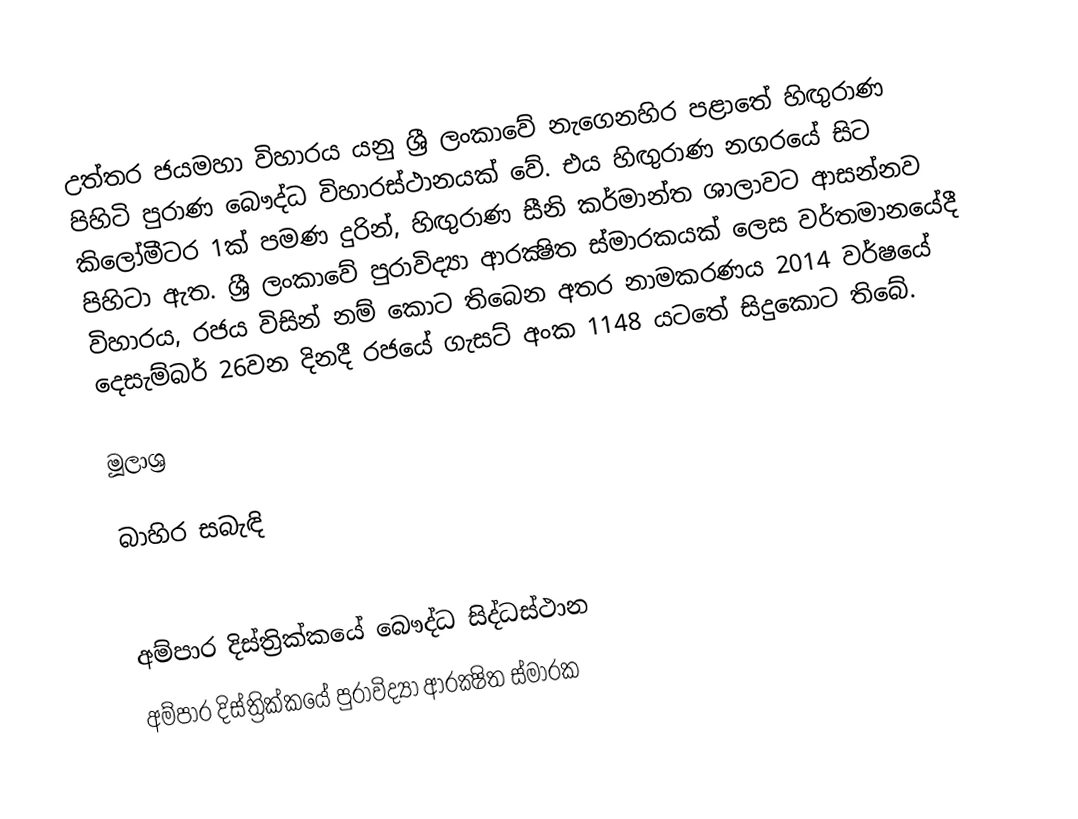
උත්තර ජයමහා විහාරය යනු ශ්‍රී ලංකාවේ නැගෙනහිර පළාතේ හිඟුරාණ පිහිටි පුරාණ බෞද්ධ විහාරස්ථානයක් වේ. එය හිඟුරාණ නගරයේ සිට කිලෝමීටර 1ක් පමණ දුරින්, හිඟුරාණ සීනි කර්මාන්ත ශාලාවට ආසන්නව පිහිටා ඇත. ශ්‍රී ලංකාවේ පුරාවිද්‍යා ආරක්‍ෂිත ස්මාරකයක් ලෙස වර්තමානයේදී විහාරය, රජය විසින් නම් කොට තිබෙන අතර නාමකරණය 2014 වර්ෂයේ දෙසැම්බර් 26වන දිනදී රජයේ ගැසට් අංක 1148 යටතේ සිදුකොට තිබේ.

මූලාශ්‍ර

බාහිර සබැඳි

අම්පාර දිස්ත්‍රික්කයේ බෞද්ධ සිද්ධස්ථාන
අම්පාර දිස්ත්‍රික්කයේ පුරාවිද්‍යා ආරක්‍ෂිත ස්මාරක